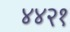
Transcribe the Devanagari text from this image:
४४२१